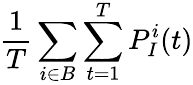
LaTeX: \frac{1}{T}\sum_{i\in B}\sum_{t=1}^{T}P_{I}^{i}(t)